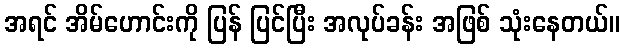
အရင် အိမ်ဟောင်းကို ပြန် ပြင်ပြီး အလုပ်ခန်း အဖြစ် သုံးနေတယ်။